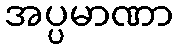
အပ္ပမာဏာ